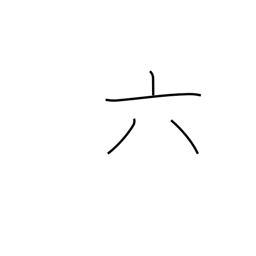
Meaning: six